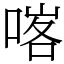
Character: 𠸉